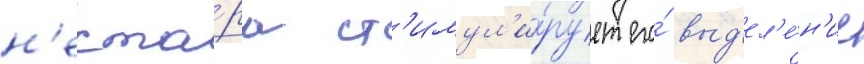
н'екта́ра ст'имул'и́рует его́ выд'ел'е́н'ие